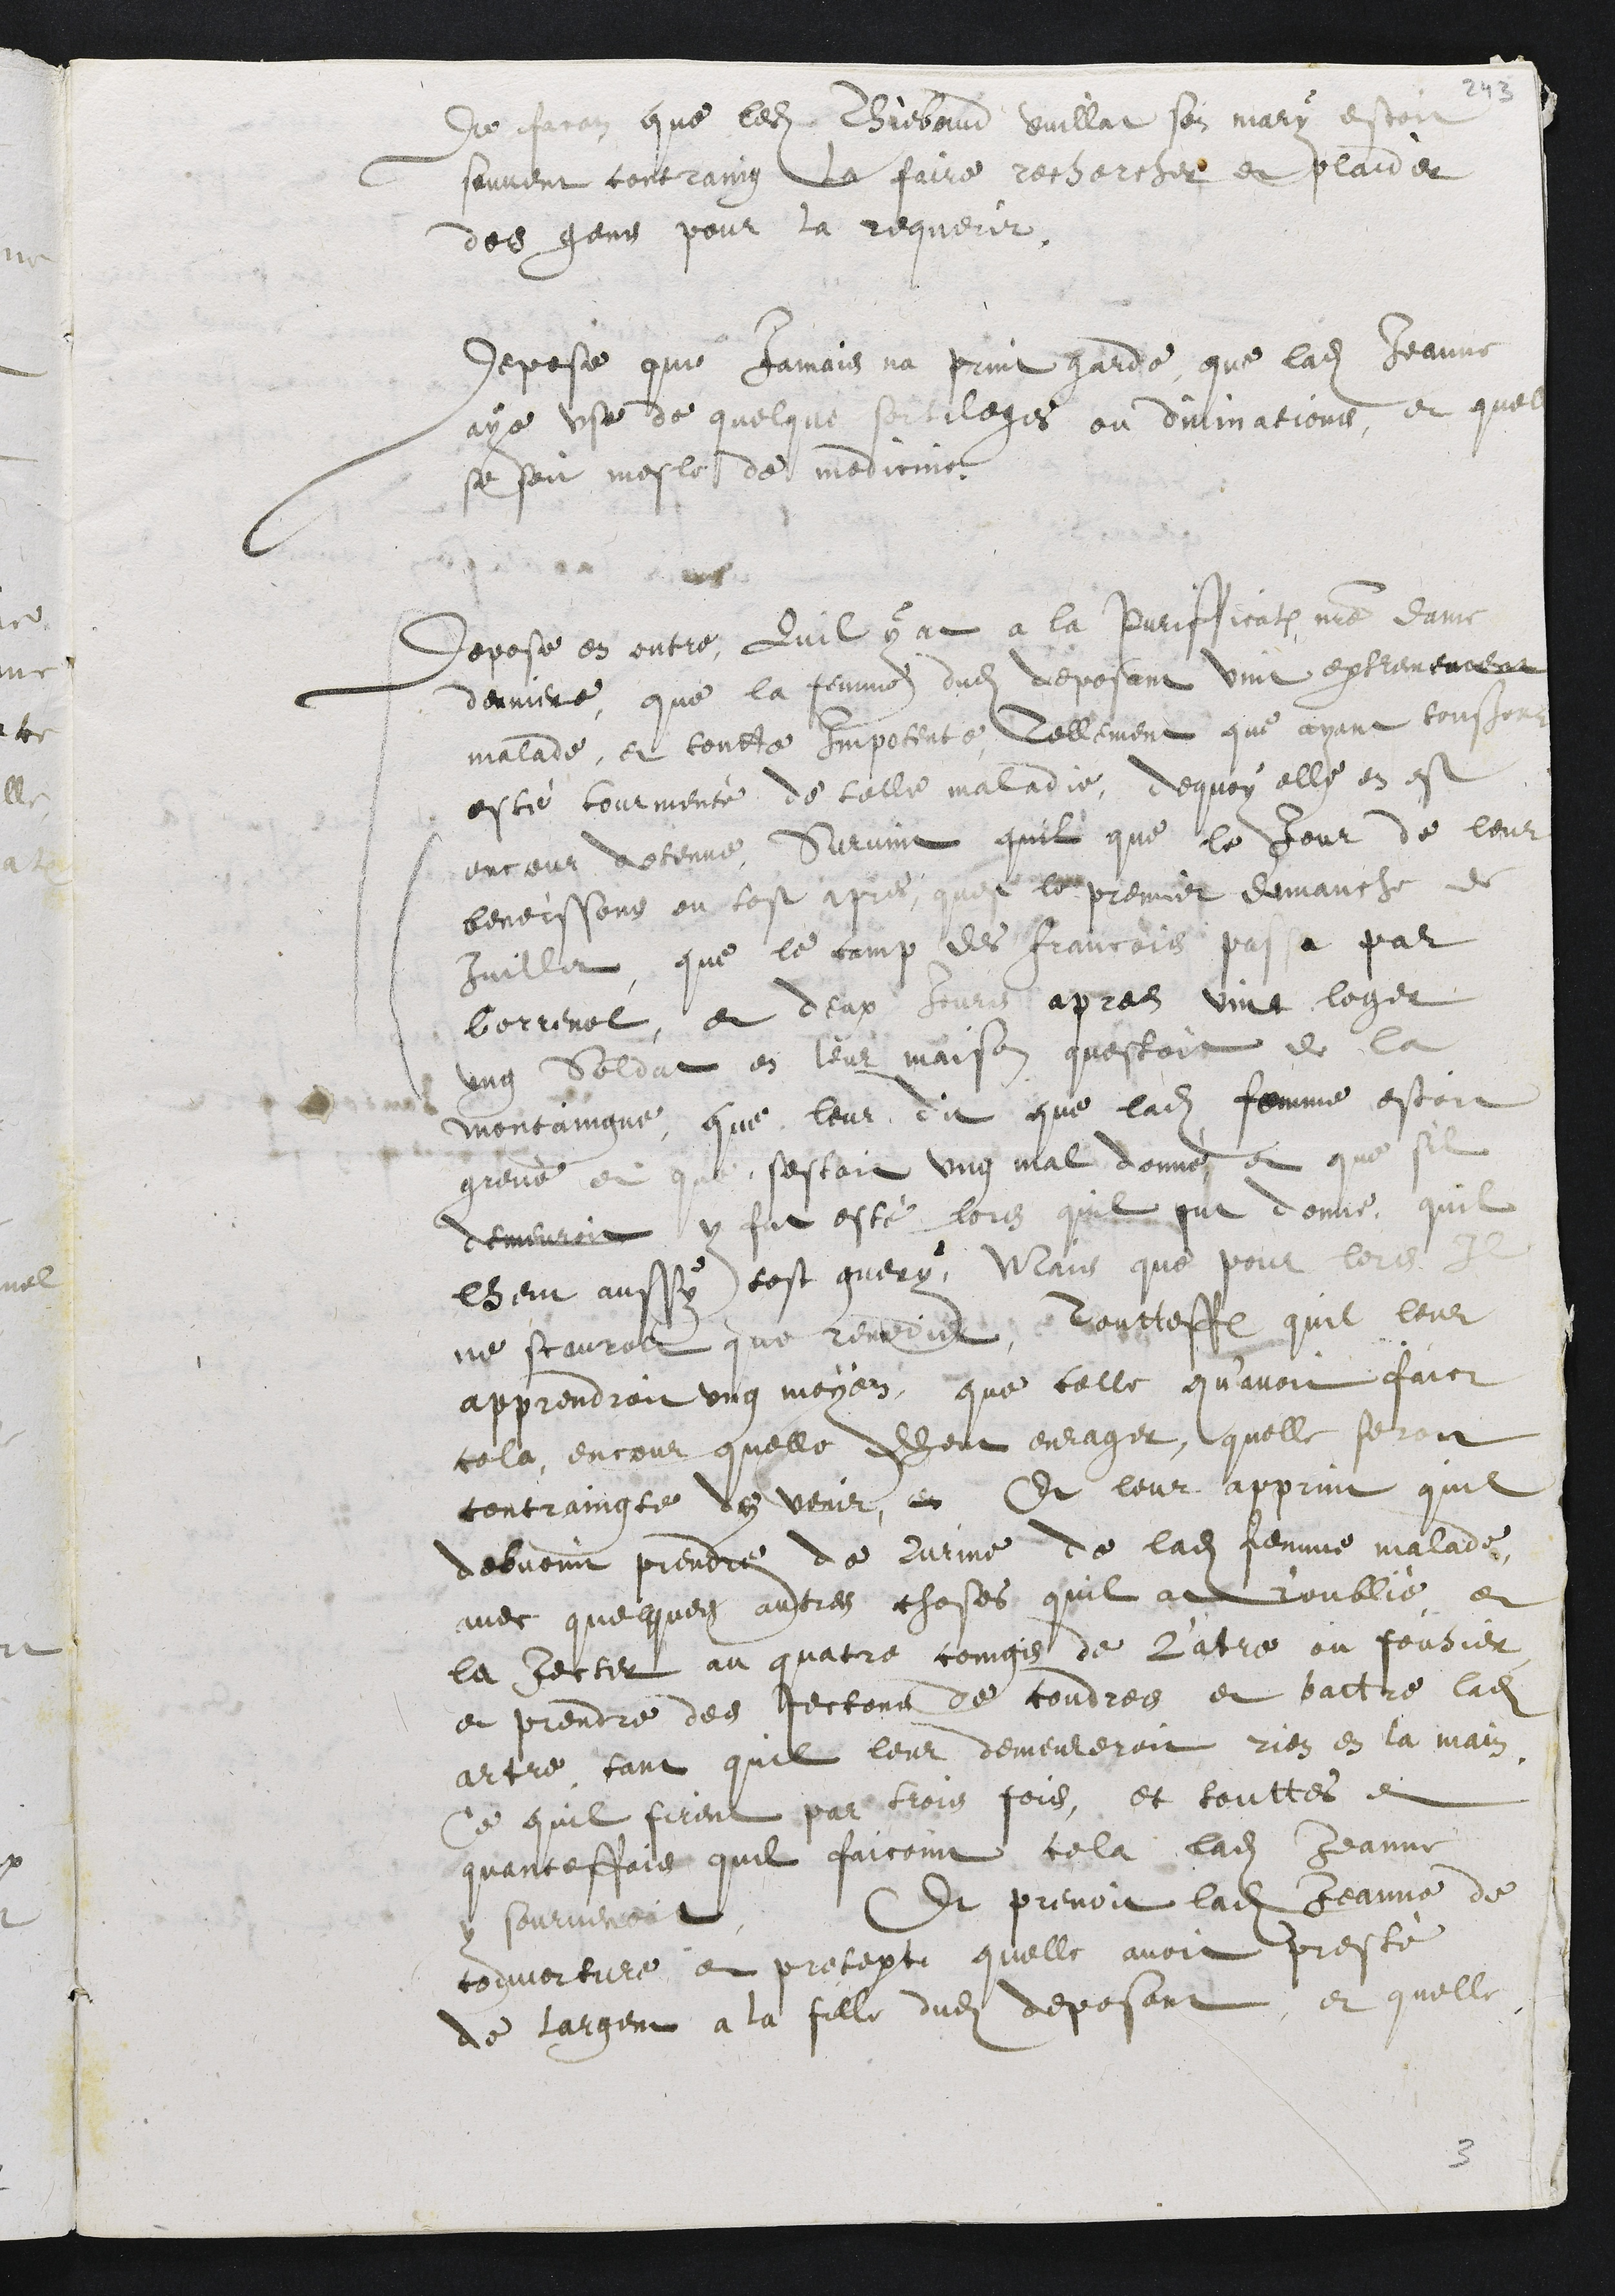
de facon que ledit Thiebaud Vuillat son mary estoit
souvent contraing la faire rechercher et plaider
des gens pour la requerir.
Depose que jamais na print garde que ladite Jeanne
aye use de quelque sortileges, ou divinations, et que
se soit mesle de medicine.
Depose en outre, Quil y at a la Puriffication notre Dame
derniere, que la femme dudit deposant vint extremement
malade, et toutte impotente tellement que ayant tousjours
esté tourmenté de telle maladie, de quoy elle en est
encour detenue, Survint quil que le jour de leur
benoissons ou tost apres, quest le premier demanche de
Juillet, que le camp des Francois passa par
Correnol, et deux jours apres vint loger
ung soldat en leur maison questoit de la
montaingne, que leur dit que ladite femme estoit
greve et que sestoit ung mal donné et que sil
demeuroit y fut esté lors quil fut donne, quil
lheut aussy tost guery, Mais que pour lors Il
ne scauroit que remedier, Toutteffois quil leur
apprendroit ung moyen, que celle quavoit faict
cela, encour quelle dheut enrager, quelle seroit
contraingte de venir, Et leur apprint quil
debvoint prendre de lurine de ladite femme malade
avec quelques autres choses quil at r'oublié, et
la jecter au quatre coings de l'atre ou feuhier
et prendre des jectons de coudres et battre ladite
atre, tant quil leur demeureroit rien en la main
Ce quil firent par trois fois, et touttes et
quanteffois quil faicoint cela ladite Jeanne
y sourvenoit. Et prenoit ladite Jeanne de
couverture et pretext quelle avoit presté
de largent a la fille dudit deposant, et quelle

3